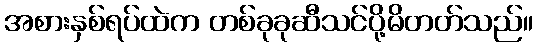
အစားနှစ်ရပ်ထဲက တစ်ခုခုဆီသင်ပို့မိတတ်သည်။